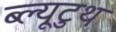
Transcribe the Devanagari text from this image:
ब्ल्यूटुथ